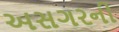
અસગરની